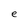
Character: e